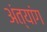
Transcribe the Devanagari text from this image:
अंत्यांग